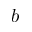
b